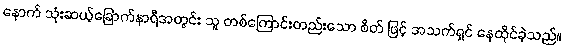
နောက် သုံးဆယ့်ခြောက်နာရီအတွင်း သူ တစ်ကြောင်းတည်းသော စိတ် ဖြင့် အသက်ရှင် နေထိုင်ခဲ့သည်။